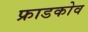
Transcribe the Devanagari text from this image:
फ्राडकोव